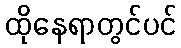
ထိုနေရာတွင်ပင်